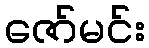
ဇော်မင်း